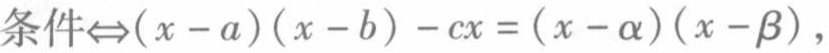
条件$\Leftrightarrow(x - a)(x - b) - cx = (x - \alpha)(x - \beta)$，